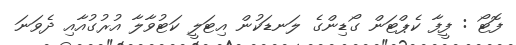
ފޮޓޯ : ފީފާ ކެޕްޓަން ގޯޑިންގެ ލަނޑަކުން އިޓަލީ ކަޓުވާލާ އުރުގުއާއި ދެވަނަ